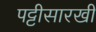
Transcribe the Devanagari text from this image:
पट्टीसारखी